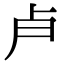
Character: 𭅯